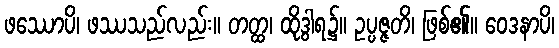
ဖဿောပိ၊ ဖဿသည်လည်း။ တတ္ထ၊ ထိုဒွါရ၌။ ဥပ္ပဇ္ဇတိ၊ ဖြစ်၏။ ဝေဒနာပိ၊